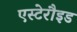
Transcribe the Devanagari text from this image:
एस्टेरौइड